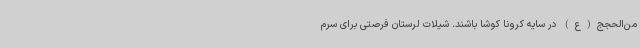
من‌الحجج(ع) در سایه کرونا کوشا باشند. شیلات لرستان فرصتی برای سرم